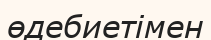
өдебиетімен